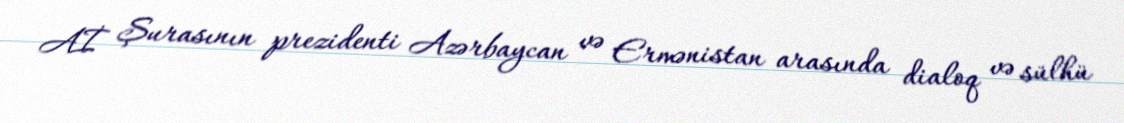
Aİ Şurasının prezidenti Azərbaycan və Ermənistan arasında dialoq və sülhü